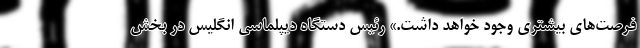
فرصت‌های بیشتری وجود خواهد داشت.» رئیس دستگاه دیپلماسی انگلیس در بخش